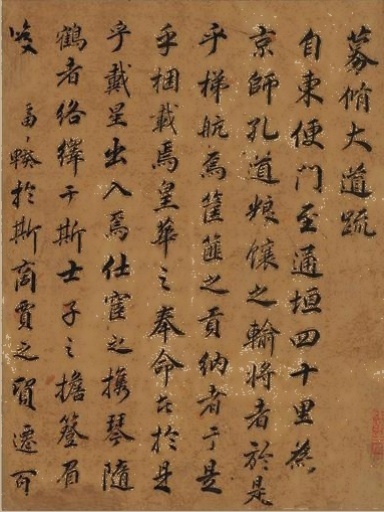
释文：募修大道疏。自东便门至通垣四十里为京师孔道，粮𫗵之输将者，于是乎梯航焉。筐篚之贡纳者，于是乎捆载焉。皇华之奉命者，于是乎戴星出入焉……为之序。康熙岁次辛亥孟秋，古吴宋德宜题于长安邸中。